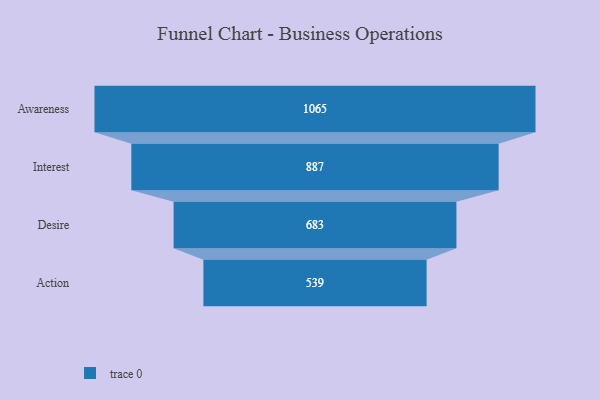
{"axis": {"x": "Stage", "y": "Value"}, "legend": [""], "data": [{"x": "Awareness", "y": 1065.0, "type": ""}, {"x": "Interest", "y": 887.0, "type": ""}, {"x": "Desire", "y": 683.0, "type": ""}, {"x": "Action", "y": 539.0, "type": ""}]}